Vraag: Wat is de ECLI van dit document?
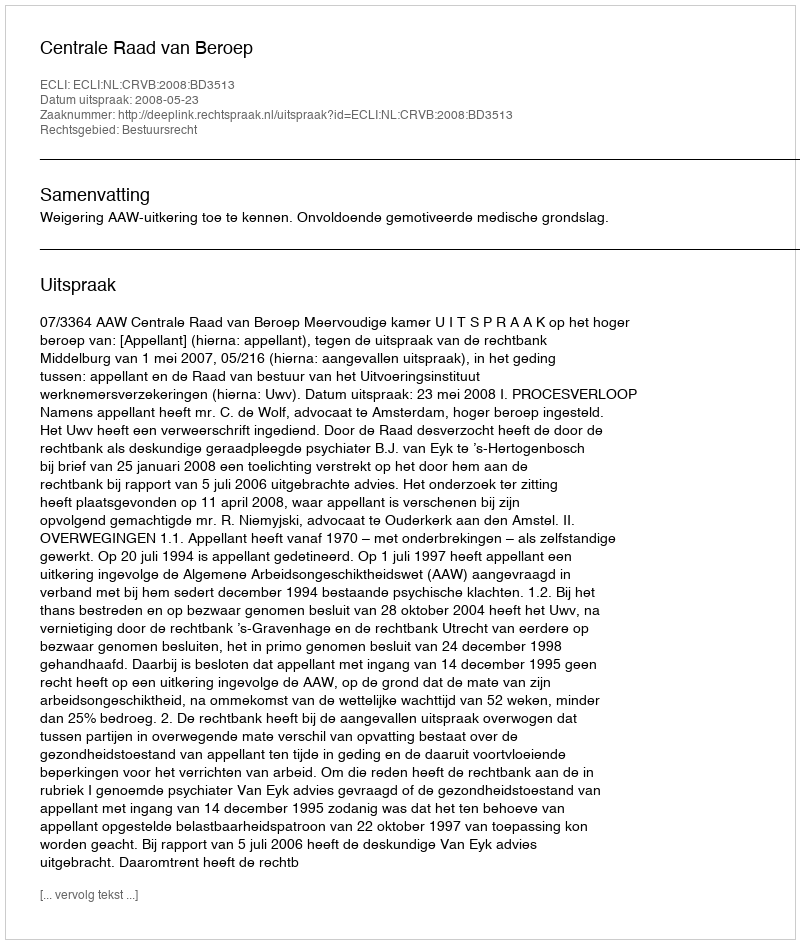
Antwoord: ECLI:NL:CRVB:2008:BD3513